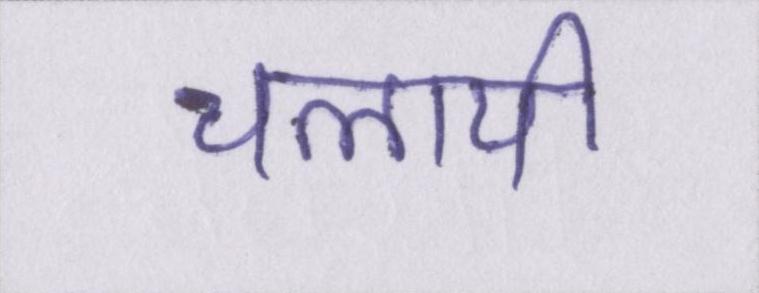
चलायी